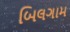
બિલગામ